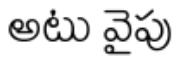
అటు వైపు